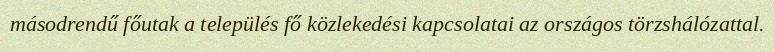
másodrendű főutak a település fő közlekedési kapcsolatai az országos törzshálózattal.